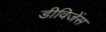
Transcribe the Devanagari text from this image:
डीविजेंस